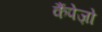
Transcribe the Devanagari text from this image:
कैंपेज़ो